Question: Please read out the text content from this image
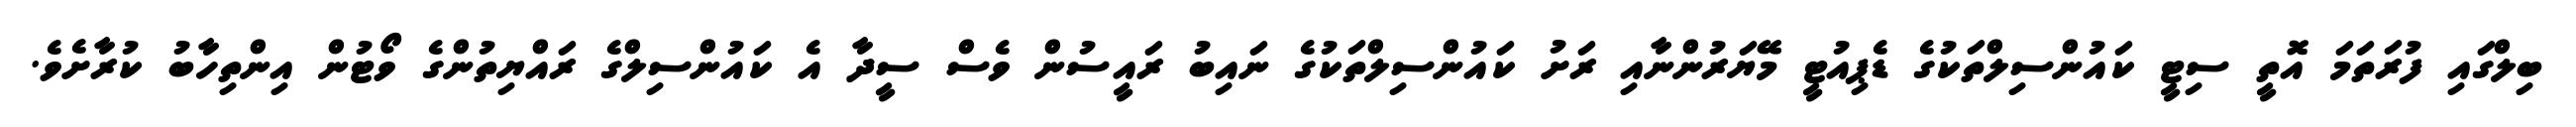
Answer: ބިލްގައި ފުރަތަމަ އޮތީ ސިޓީ ކައުންސިލްތަކުގެ ޑެޕިއުޓީ މޭޔަރުންނާއި ރަށު ކައުންސިލްތަކުގެ ނައިބު ރައީސުން ވެސް ސީދާ އެ ކައުންސިލްގެ ރައްޔިތުންގެ ވޯޓުން އިންތިހާބު ކުރާށެވެ.